Indian journal of veterinary science and animal husbandry - Volume 4,
Year: 1934
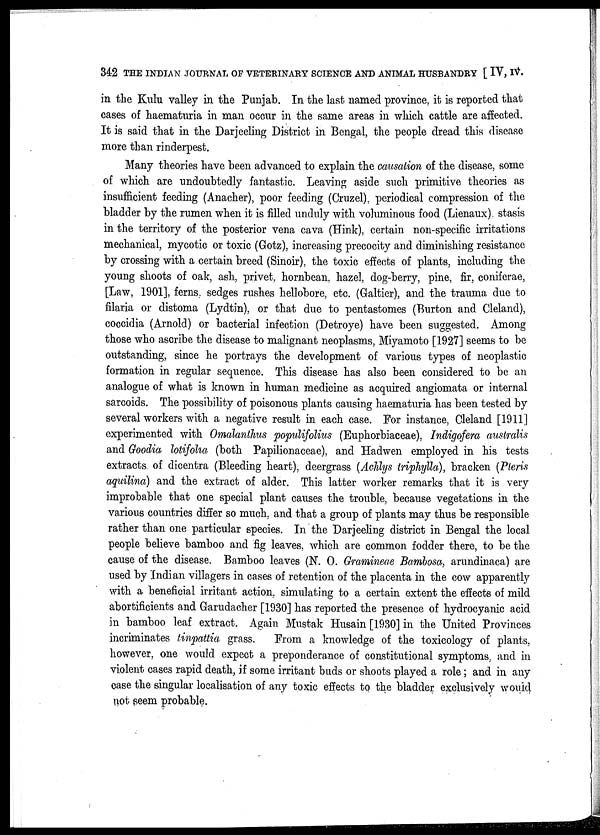
342 THE INDIAN JOURNAL OF VETERINARY SCIENCE AND ANIMAL HUSBANDRY [ IV, IV.
in the Kulu valley in the Punjab. In the last named province, it is reported that
cases of haematuria in man occur in the same areas in which cattle are affected.
It is said that in the Darjeeling District in Bengal, the people dread this disease
more than rinderpest.
Many theories have been advanced to explain the causation of the disease, some
of which are undoubtedly fantastic. Leaving aside such primitive theories as
insufficient feeding (Anacher), poor feeding (Cruzel), periodical compression of the
bladder by the rumen when it is filled unduly with voluminous food (Lienaux), stasis
in the territory of the posterior vena cava (Hink), certain non-specific irritations
mechanical, mycotic or toxic (Gotz), increasing precocity and diminishing resistance
by crossing with a certain breed (Sinoir), the toxic effects of plants, including the
young shoots of oak, ash, privet, hornbean, hazel, dog-berry, pine, fir, coniferae,
[Law, 1901], ferns sedges rushes hellobore, etc. (Galtier), and the trauma due to
filaria or distoma (Lydtin), or that due to pentastomes (Burton and Cleland),
coccidia (Arnold) or bacterial infection (Detroye) have been suggested. Among
those who ascribe the disease to malignant neoplasms, Miyamoto [1927] seems to be
outstanding, since he portrays the development of various types of neoplastic
formation in regular sequence. This disease has also been considered to be an
analogue of what is known in human medicine as acquired angiomata or internal
sarcoids. The possibility of poisonous plants causing haematuria has been tested by
several workers with a negative result in each case. For instance, Cleland [1911]
experimented with Omalanthus populifolius (Euphorbiaceae), Indigofera australis
and Goodia lotifolia (both Papilionaceae), and Hadwen employed in his tests
extracts of dicentra (Bleeding heart), deergrass (Achlys triphylla), bracken (Pteris
aquilina) and the extract of alder. This latter worker remarks that it is very
improbable that one special plant causes the trouble, because vegetations in the
various countries differ so much, and that a group of plants may thus be responsible
rather than one particular species. In the Darjeeling district in Bengal the local
people believe bamboo and fig leaves, which are common fodder there, to be the
cause of the disease. Bamboo leaves (N. O. Gramineae Bambosa, arundinaca) are
used by Indian villagers in cases of retention of the placenta in the cow apparently
with a beneficial irritant action, simulating to a certain extent the effects of mild
abortificients and Garudacher [1930] has reported the presence of hydrocyanic acid
in bamboo leaf extract. Again Mustak Husain [1930] in the United Provinces
incriminates tinpattia grass.
From a knowledge of the toxicology of plants,
however, one would expect a preponderance of constitutional symptoms, and in
violent cases rapid death, if some irritant buds or shoots played a role ; and in any
case the singular localisation of any toxic effects to the bladder exclusively would
not seem probable.